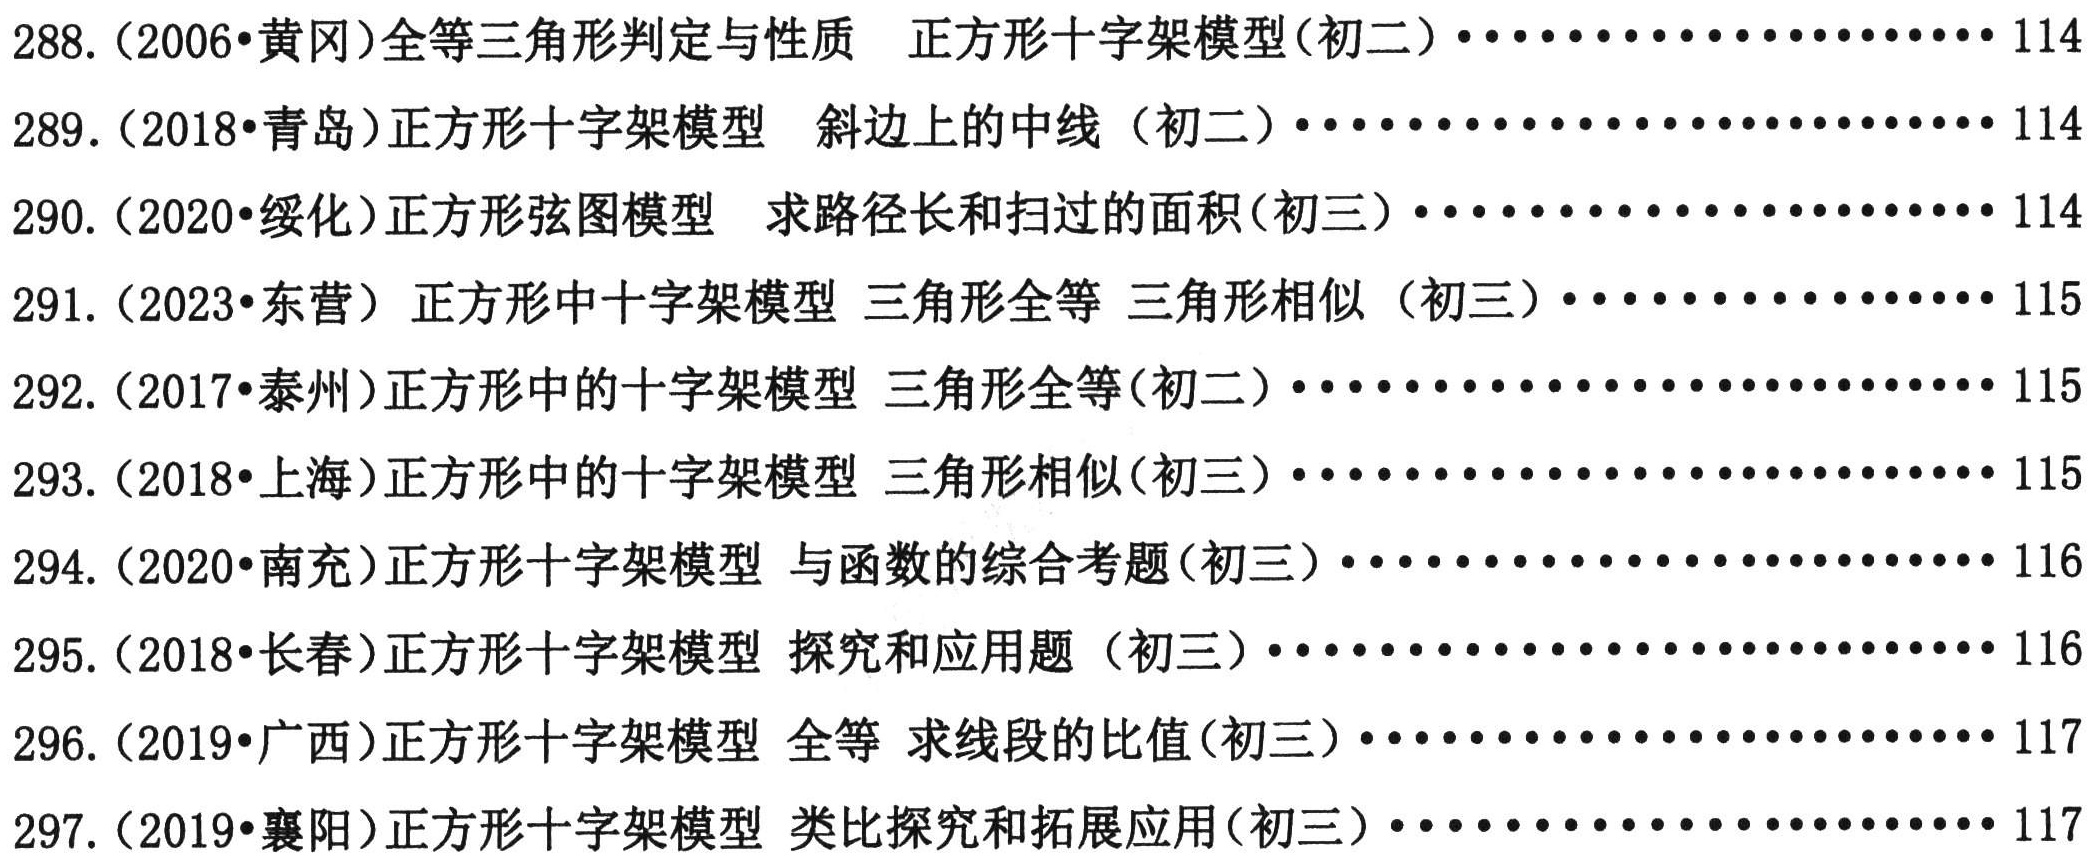
288. (2006•黄冈)全等三角形判定与性质 正方形十字架模型(初二)····················114
289. (2018•青岛)正方形十字架模型 斜边上的中线（初二)························114
290. (2020•绥化)正方形弦图模型 求路径长和扫过的面积(初三)······················114
291. (2023•东营）正方形中十字架模型 三角形全等 三角形相似（初三)················115
292. (2017•泰州)正方形中的十字架模型 三角形全等(初二)························115
293. (2018•上海)正方形中的十字架模型 三角形相似(初三)························115
294. (2020•南充)正方形十字架模型 与函数的综合考题(初三)······················116
295. (2018•长春)正方形十字架模型 探究和应用题（初三)························116
296. (2019•广西)正方形十字架模型 全等 求线段的比值(初三)······················117
297. (2019•襄阳)正方形十字架模型 类比探究和拓展应用(初三)······················117